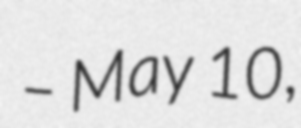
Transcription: – May 10,